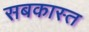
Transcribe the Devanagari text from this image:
सबकास्त